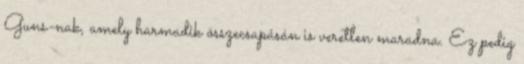
Guns-nak, amely harmadik összecsapásán is veretlen maradna. Ez pedig